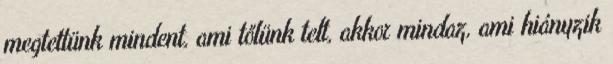
megtettünk mindent, ami tőlünk telt, akkor mindaz, ami hiányzik